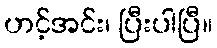
ဟင့်အင်း၊ ပြီးပါပြီ။